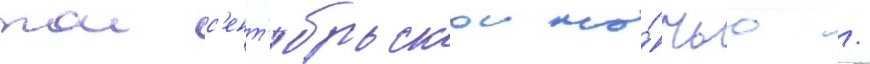
тои с'ент'ябрьскои но́чью /